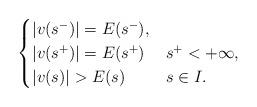
LaTeX: \begin{align*}\begin{cases}|{v}(s^-)|=E(s^-),&\\|{v}(s^+)|=E(s^+)&s^+<+\infty,\\|{v}(s)|>E(s)&s\in I.\end{cases}\end{align*}